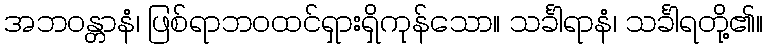
အဘဝန္တာနံ၊ ဖြစ်ရာဘဝထင်ရှားရှိကုန်သော။ သင်္ခါရာနံ၊ သင်္ခါရတို့၏။